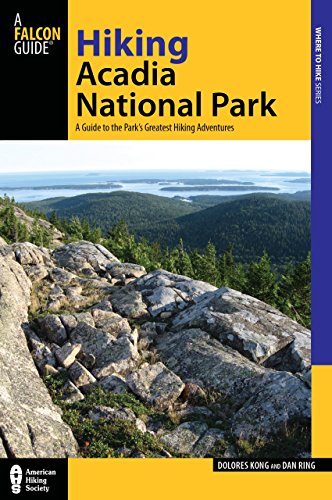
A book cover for Hiking Acadia National Park, 2nd: A Guide to the ParkEEs Greatest Hiking Adventures (Regional Hiking Series); Dolores Kong; Travel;